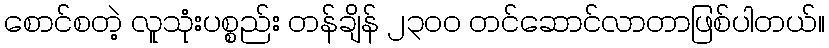
စောင်စတဲ့ လူသုံးပစ္စည်း တန်ချိန် ၂၃၀၀ တင်ဆောင်လာတာဖြစ်ပါတယ်။